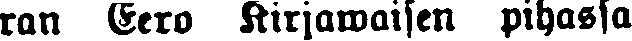
ran Eero Kirjawaisen pihassa